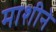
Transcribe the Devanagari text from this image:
माशीने